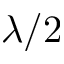
\lambda / 2